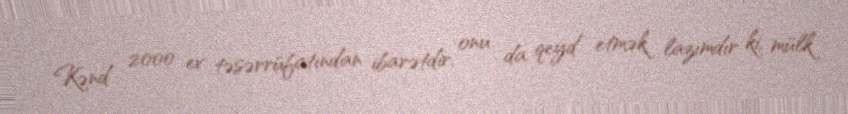
Kənd 2000 ev təsərrüfatından ibarətdir, onu da qeyd etmək lazımdır ki, mülk